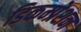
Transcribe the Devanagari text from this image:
डिकम्प्रेशन